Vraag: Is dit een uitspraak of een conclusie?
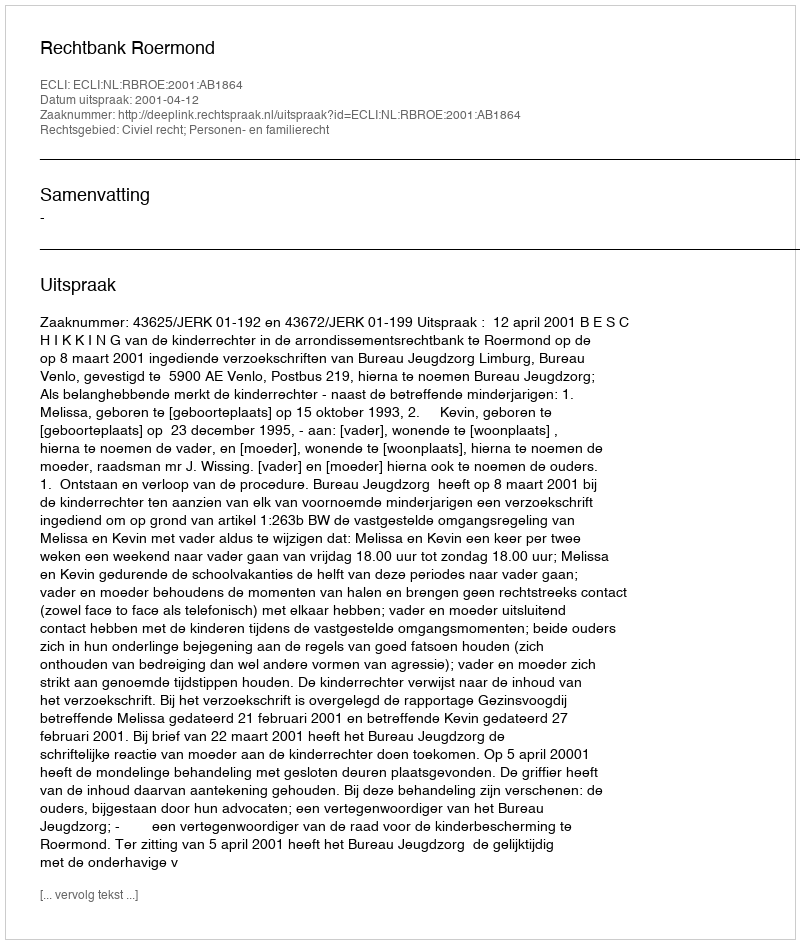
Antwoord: Uitspraak